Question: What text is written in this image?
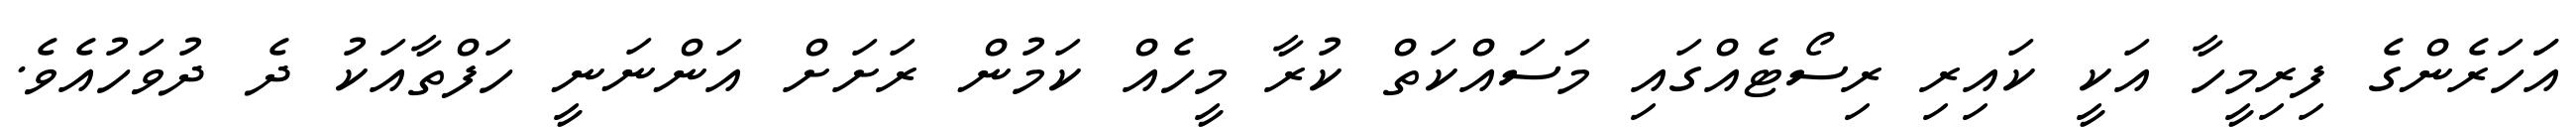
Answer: އަަހަރެންގެ ފިރިމީހާ އަކީ ކައިރި ރިސޯޓެއްގައި މަސައްކަތް ކުރާ މީހެއް ކަމުން ރަށަށް އަންނަނީ ހަފްތާއަކު ދެ ދުވަހުއެވެ.